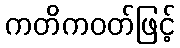
ကတိကဝတ်ဖြင့်